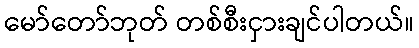
မော်တော်ဘုတ် တစ်စီးငှားချင်ပါတယ်။